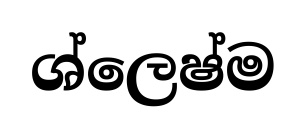
ශ්ලෙෂ්ම